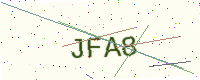
Text: JFA8